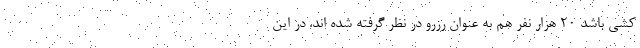
كشي باشد ۲۰ هزار نفر هم به عنوان رزرو در نظر گرفته شده اند. در این